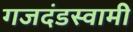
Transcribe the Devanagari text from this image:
गजदंडस्वामी